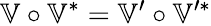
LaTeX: \mathbb{V}\circ\mathbb{V}^{\ast}=\mathbb{V}^{\prime}\circ\mathbb{V}^{\prime\ast}